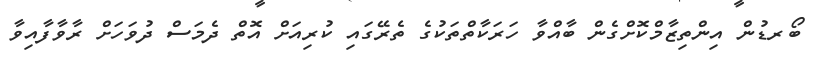
ބޯރޑުން އިންތިޒާމްކޮށްގެން ބާއްވާ ހަރަކާތްތަކުގެ ތެރޭގައި ކުރިއަށް އޮތް ދެމަސް ދުވަހަށް ރާވާފާއިވާ